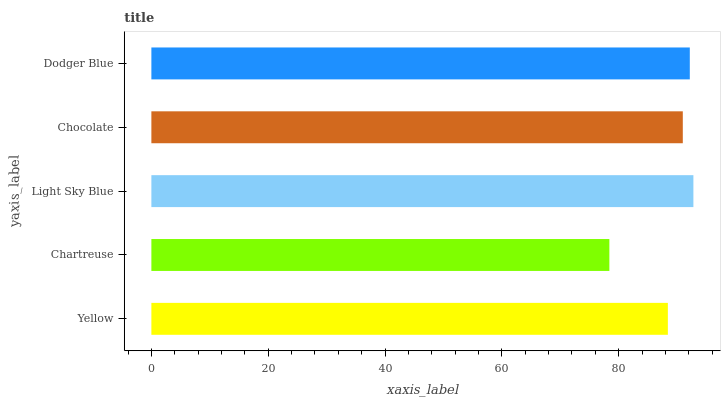
| yaxis_label | bars |
 | --- | --- |
 | Yellow | 88.4 |
 | Chartreuse | 78.4 |
 | Light Sky Blue | 92.8 |
 | Chocolate | 91 |
 | Dodger Blue | 92.2 |